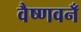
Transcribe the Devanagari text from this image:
वैष्णवनँ